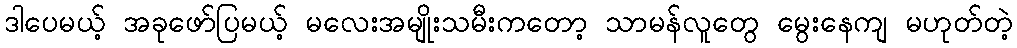
ဒါပေမယ့် အခုဖော်ပြမယ့် မလေးအမျိုးသမီးကတော့ သာမန်လူတွေ မွေးနေကျ မဟုတ်တဲ့